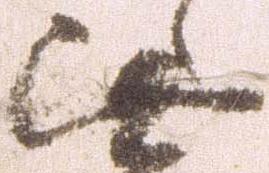
此